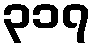
၃၁၇